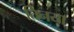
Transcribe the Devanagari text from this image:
तिनया